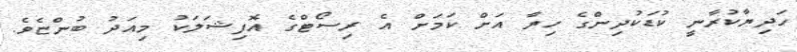
ހަދިޔާކުރާނީ ކުޑަކުދިންގެ ހިޔާ އަށް ކަމަށް އެ ރިސޯޓްގެ އޮފިޝަލަކު މިއަދު ބުންޏެވެ.